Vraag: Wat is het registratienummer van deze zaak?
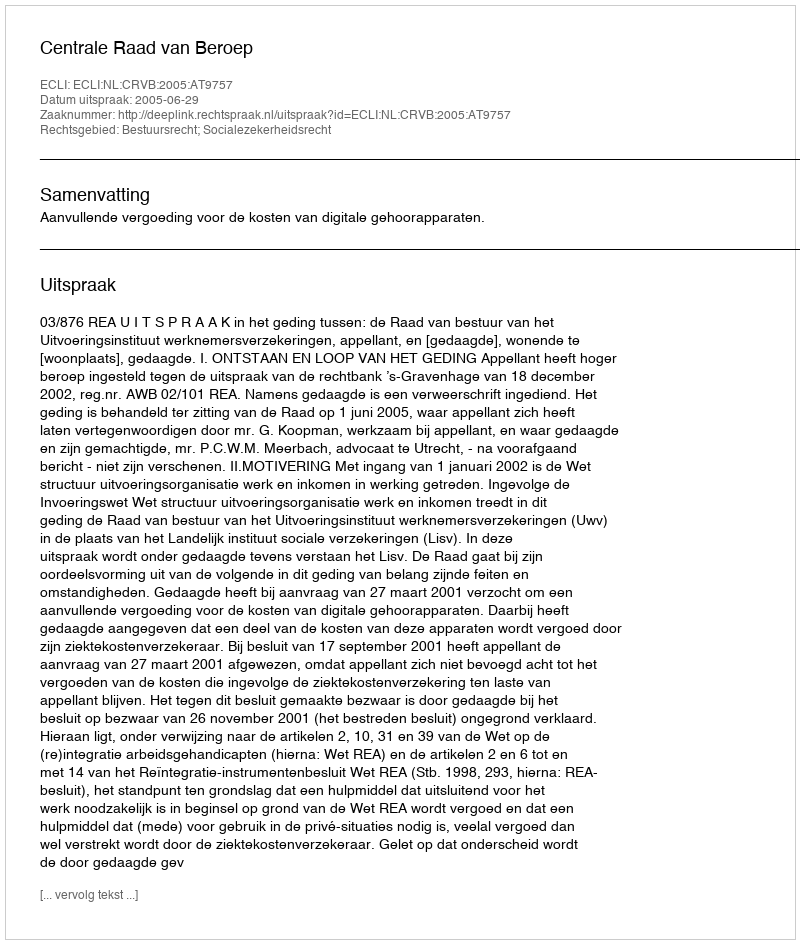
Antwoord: http://deeplink.rechtspraak.nl/uitspraak?id=ECLI:NL:CRVB:2005:AT9757